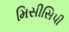
મિસીસિપી